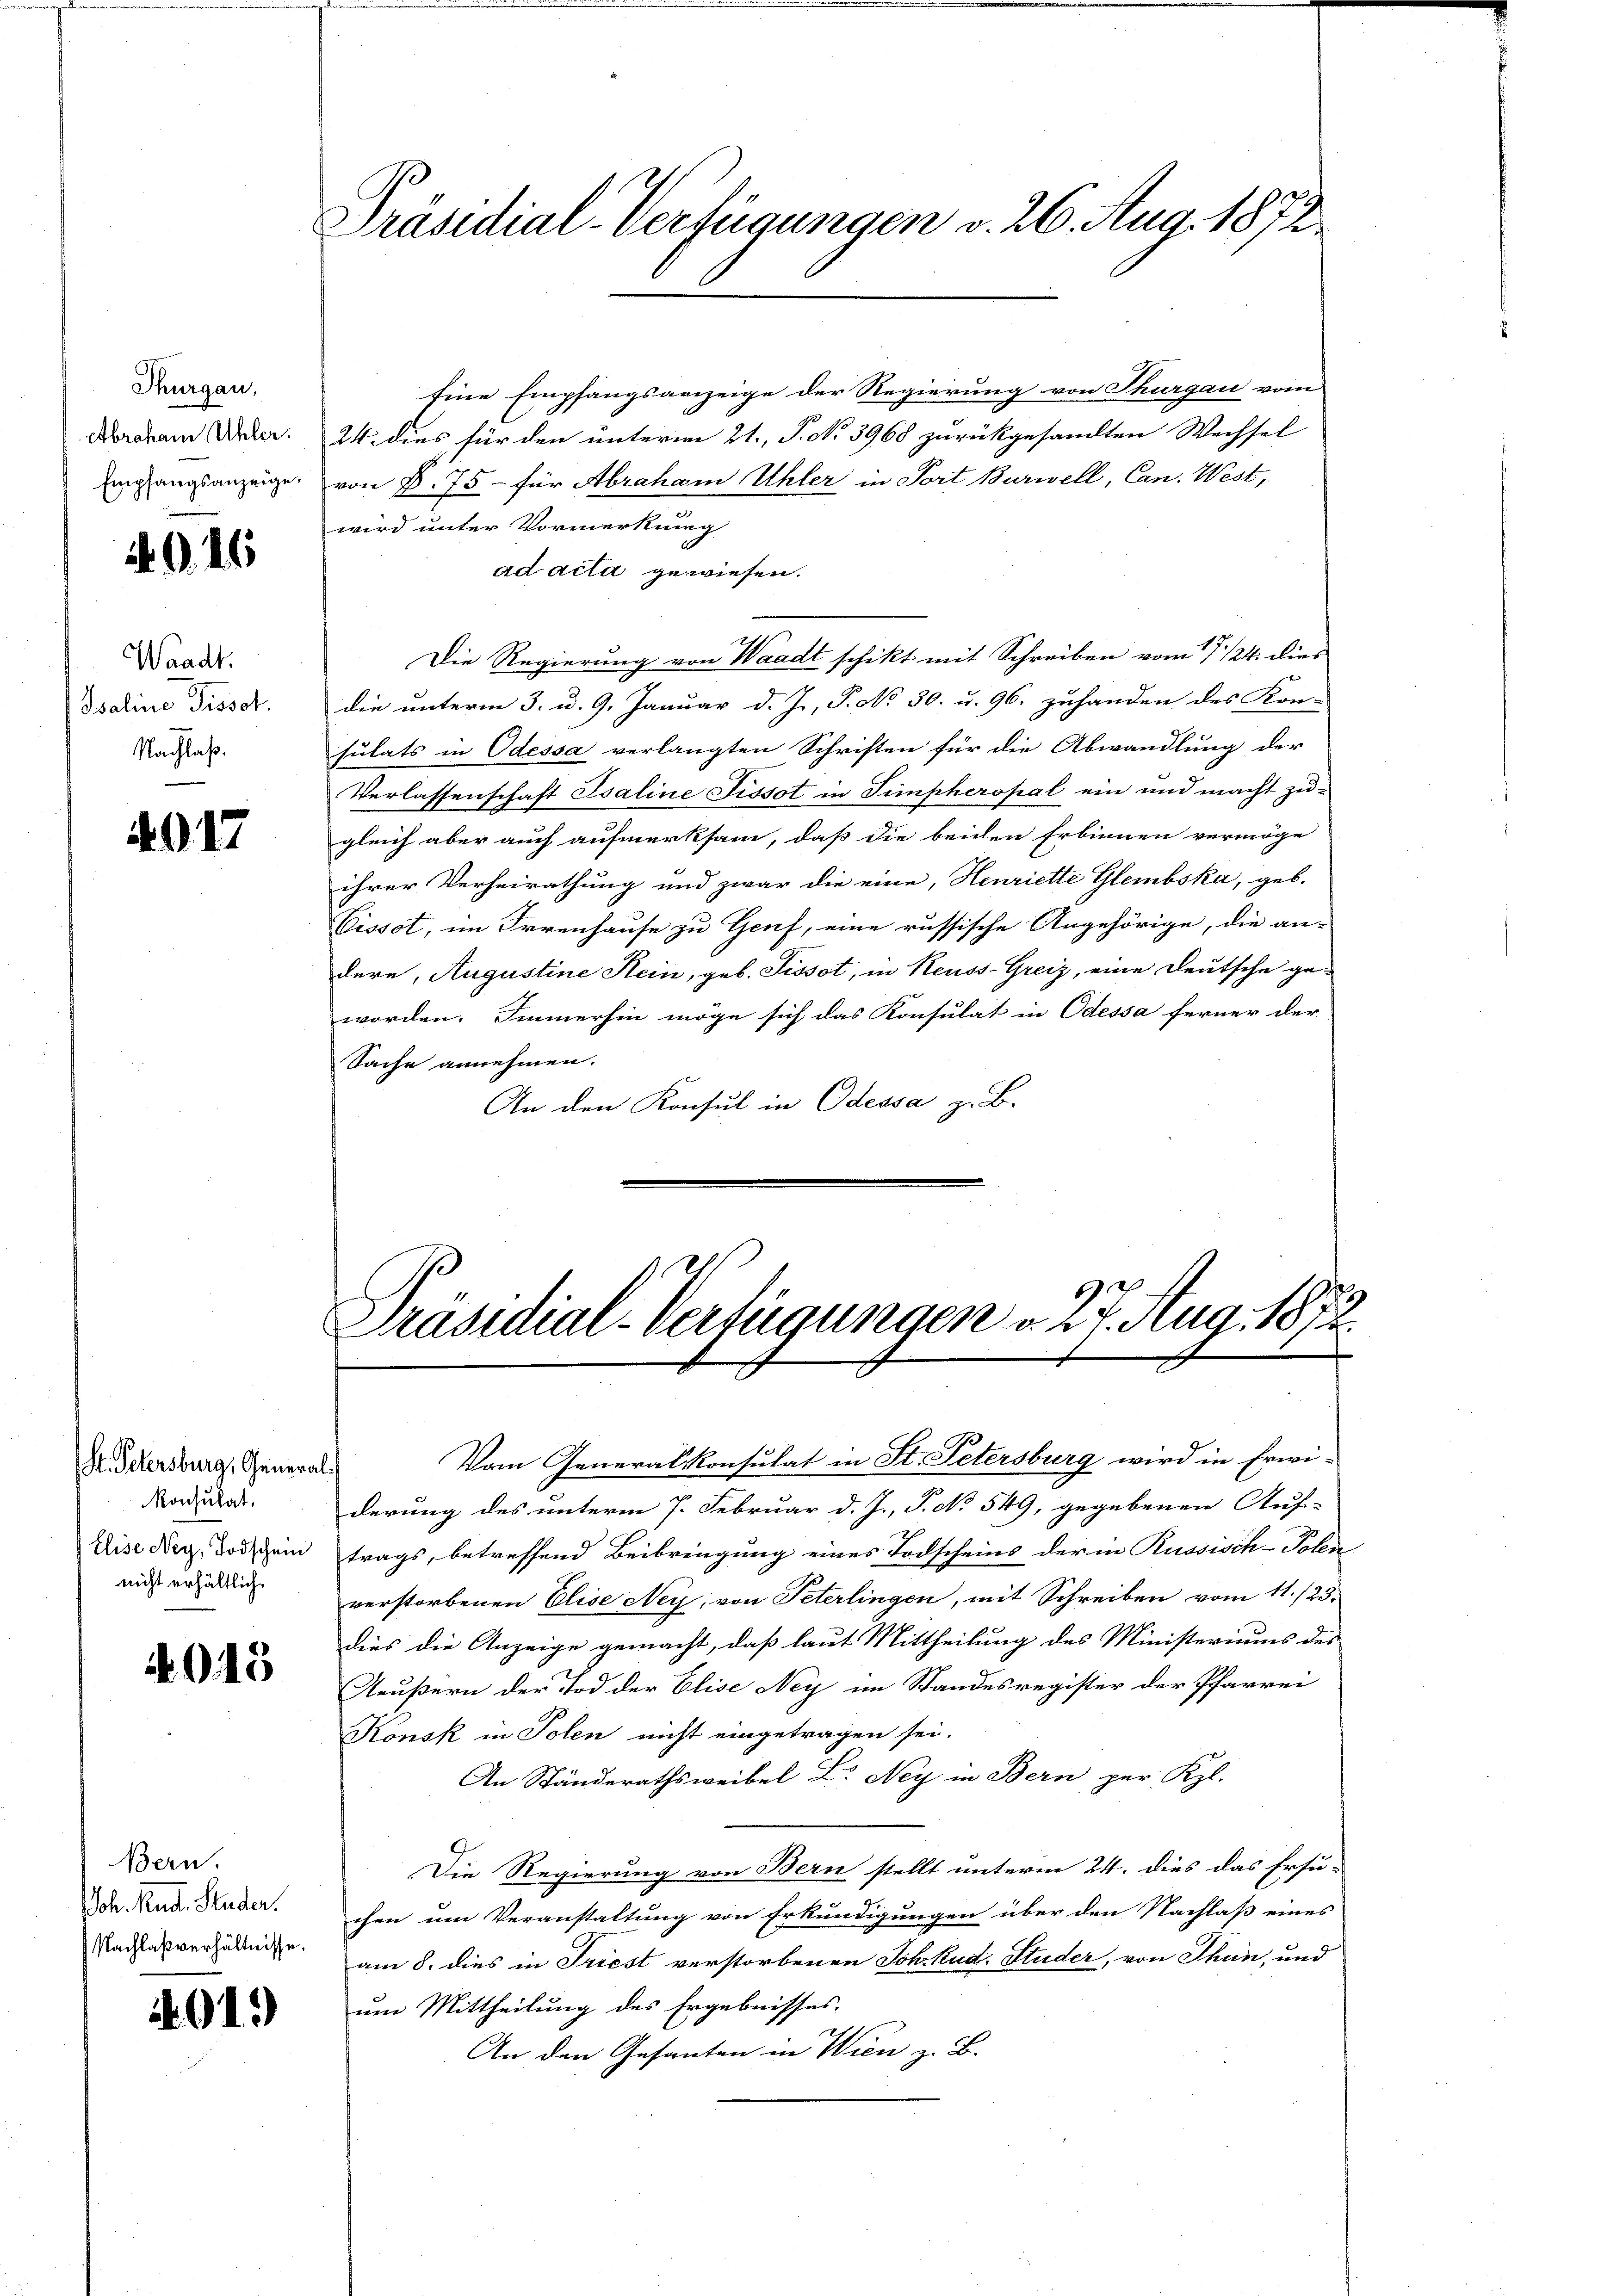
Thurgau,
Abraham Uhler.
Empfangsanzeige.

.

Waadt.
Isaline Pissot.
Nachlaß.

017

S. Petersburg, General
Konsulat,
Elise Ney, Todschein
nicht erhältlich

4015

Bern.
oh. Rud. Studer.
Nachlaßverhältnisse.

01.)

Präsidial-Verfügungen v. 26. Aug. 1872

92
Präsidial-Verfügungen d. 24. Aug. 1872.

Eine Empfangsanzeige der Regierung von Thurgau vom
24. dies für den unterm 21., P. No 3968 zurückgesandten Wechsel
von B. 75 - für Abraham Uhler in Port Burwell, Can. West,
wird unter Vormerkung
ad acta gewiesen.
Die Regierung von Waadt schikt mit Schreiben vom 17/24. dies
die unterm 3. u. 9. Januar d. Js. P. No 30. u. 96. zuhanden des Kon-
sulats in Odessa verlangten Schriften für die Abwandlung der
Verlassenschaft Psaline Tissot in Simpheropal ein und macht zugleich aber auch aufmerksam, daß die beiden Erbinnen vermöge
ihrer Verheirathung und zwar die eine, Henriette Glembska, geb.
Cissot, im Irrenhause zu Genf, eine russische Angehörige, die an-
dere, Augustine Hein, geb. Sissot, in Reuss-Greiz, eine Deutsche geworden. Immerhin möge sich das Konsulat in Odessa ferner der
Sache annehmen.
An den Konsul in Odessa z. B.

Vom Generalkonsulat in St. Petersburg wird in Erwi-
derung des unterm 7. Februar d. J., P. No 549, gegebenen Auf-
trags, betreffend Beibringung eines Todscheins der in Russisch-Polen
verstorbenen Elise Ney, von Peterlingen, mit Schreiben vom 11./25.
dies die Anzeige gemacht, daß laut Mittheilung des Ministeriums des
Aeußern der Tod der Elise Ney im Standesregister der Pfarrei
Konsk in Polen nicht eingetragen sei.
An Ständerathsweibel Dr. Ney in Bern, per Kl.
Die Regierung von Bern stellt unterm 24. dies das Ersu-
chen um Veranstaltung von Erkundigungen über den Nachlaß eines
am 8. dies in Triest verstorbenen Sch. Rud. Studer, von Thun, und
um Mittheilung des Ergebnisses.
An den Gesanten in Wien z. B.